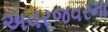
અવરજવરના